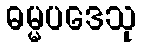
ဓမ္မပဒေသု